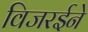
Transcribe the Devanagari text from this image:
विजरईने